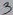
Text: 3